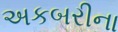
અકબરીના